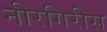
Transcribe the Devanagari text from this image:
नीरगिरीस